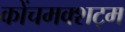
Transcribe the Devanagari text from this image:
कोंचमक्शट्म